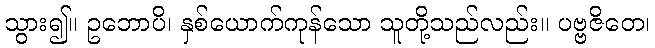
သွား၍။ ဥဘောပိ၊ နှစ်ယောက်ကုန်သော သူတို့သည်လည်း။ ပဗ္ဗဇိတေ၊